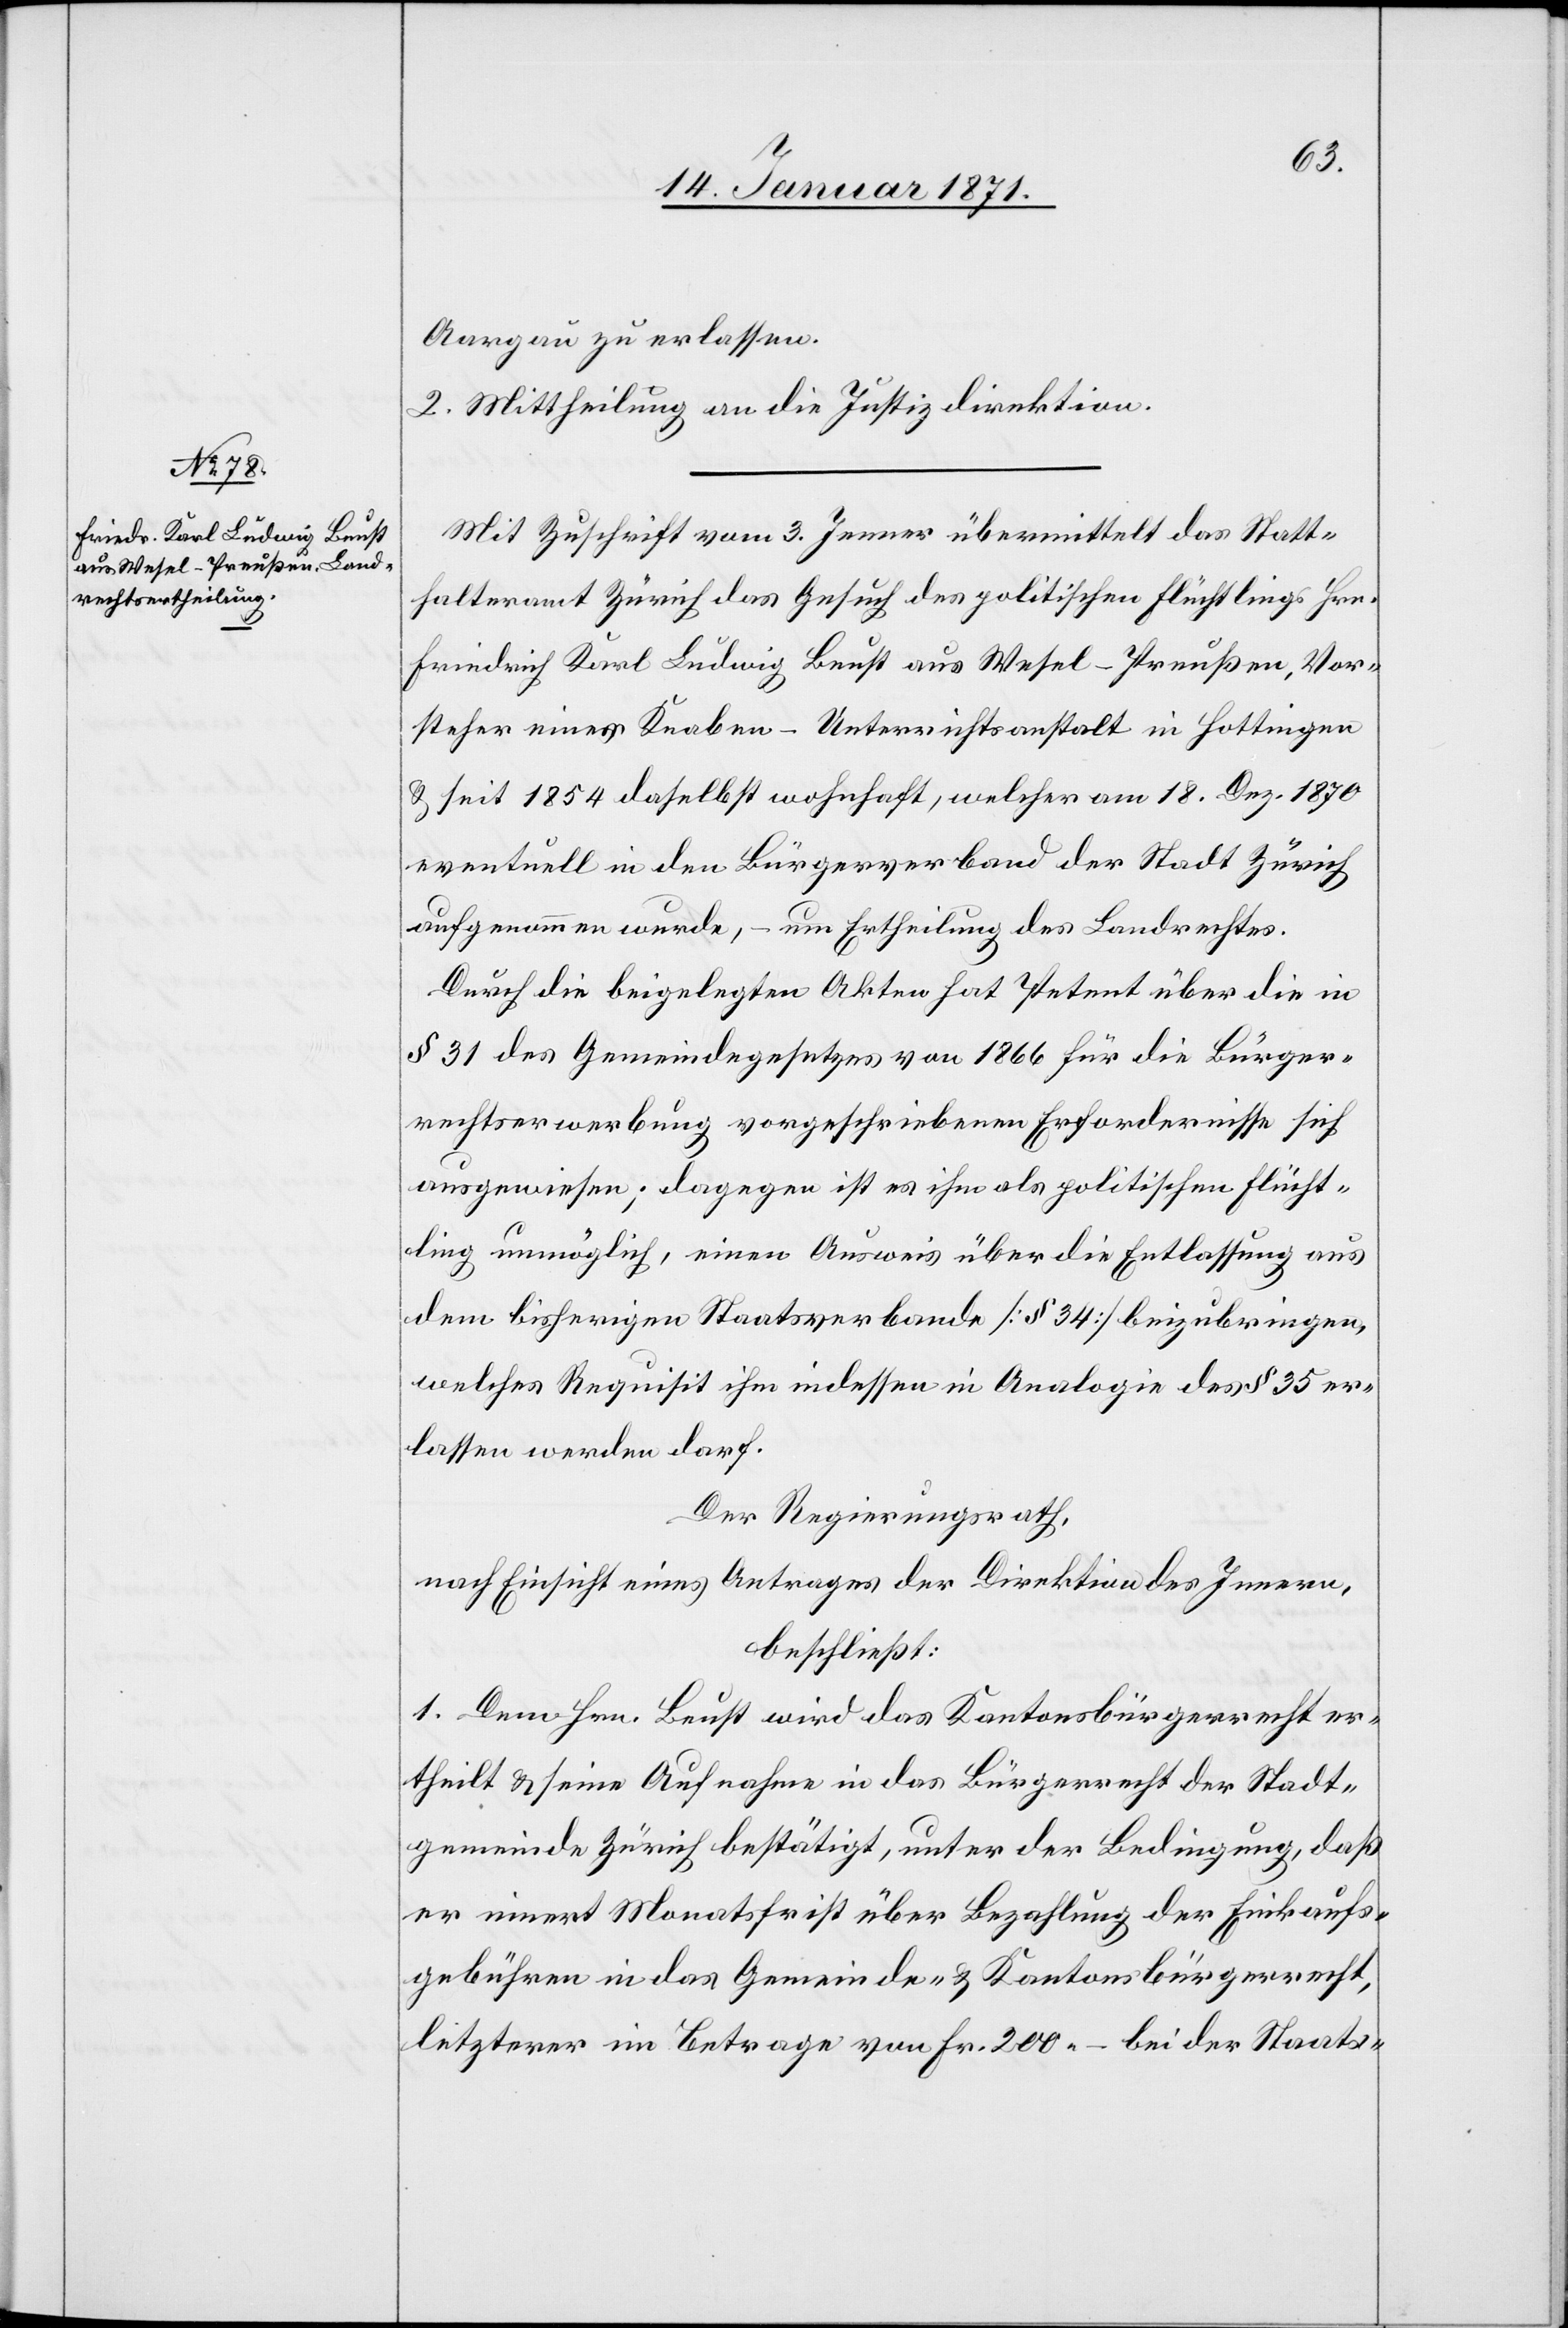
Aargau zu erlassen.
2. Mittheilung an die Justizdirektion.
Mit Zuschrift vom 3. Jenner übermittelt das Statt¬
halteramt Zürich das Gesuch des politischen Flüchtlings Hrn.
Friedrich Karl Ludwig Beust aus Wesel-Preußen, Vor¬
steher einer Knaben-Unterrichtsanstalt in Hottingen
u. seit 1854 daselbst wohnhaft, welcher am 18. Dez. 1870
eventuell in den Bürgerverband der Stadt Zürich
aufgenommen wurde, – um Ertheilung des Landrechtes.
Durch die beigelegten Akten hat Petent über die in
§ 31 des Gemeindegesetztes von 1866 für die Bürger¬
rechtserwerbung vorgeschriebenen Erfordernisse sich
ausgewiesen; dagegen ist es ihm als politischen Flücht¬
ling unmöglich, einen Ausweis über die Entlassung aus
dem bisherigen Staatsverbande [§ 34] beizubringen,
welches Requisit ihm indessen in Analogie des § 35 er¬
lassen werden darf.
Der Regierungsrath,
nach Einsicht eines Antrages der Direktion des Innern,
beschließt:
1. Dem Hrn. Beust wird das Kantonsbürgerrecht er¬
theilt u. seine Aufnahme in das Bürgerrecht der Stadt¬
gemeinde Zürich bestätigt, unter der Bedingung, daß
er innert Monatsfrist über Bezahlung der Einkaufs¬
gebühren in das Gemeinde- u. Kantonsbürgerrecht,
letzterer im Betrage von Fr. 200.– bei der Staats-